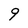
Character: 9